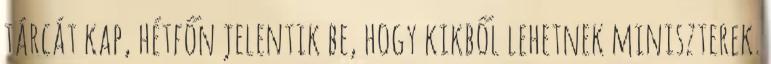
tárcát kap, hétfőn jelentik be, hogy kikből lehetnek miniszterek.